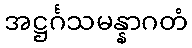
အဋ္ဌင်္ဂသမန္နာဂတံ